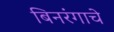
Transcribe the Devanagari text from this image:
बिनरंगाचे